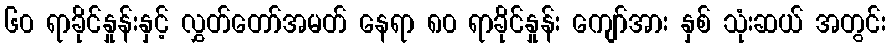
၆၀ ရာခိုင်နှုန်းနှင့် လွှတ်တော်အမတ် နေရာ ၈၀ ရာခိုင်နှုန်း ကျော်အား နှစ် သုံးဆယ် အတွင်း